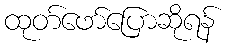
ထုတ်ဖော်ပြောဆိုရန်